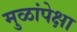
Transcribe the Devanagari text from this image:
मुळांपेक्षा